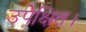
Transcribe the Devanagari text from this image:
उपेक्षित।